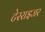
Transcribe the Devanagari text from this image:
टेरराइजर